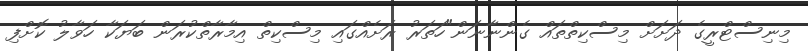
މިނިސްޓްރީގެ ދަށަށް މިސްކިތްތައް ގެންނާނަން"ހަތަރު ރަށެއްގައި މިސްކިތް އިމާރާތްކުރަން ބަޔަކާ ހަވާލު ކޮށްފި